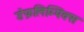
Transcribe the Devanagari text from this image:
डेफ़लिम्पिक्स